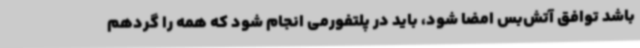
باشد توافق آتش‌بس امضا شود، باید در پلتفورمی انجام شود که همه را گردهم